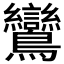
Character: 鸞